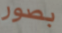
بصور